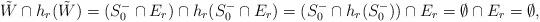
LaTeX: \begin{align*}\tilde W \cap h_r(\tilde W) =(S_0^- \cap E_r) \cap h_r(S_0^- \cap E_r)=(S_0^-\cap h_r(S_0^-))\cap E_r =\emptyset \cap E_r=\emptyset,\end{align*}